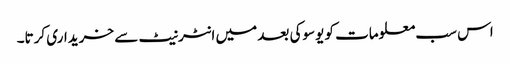
اس سب معلومات کو یوسوکی بعد میں انٹرنیٹ سے خریداری کرتا۔